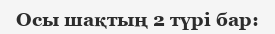
Осы шақтың 2 түрі бар: